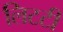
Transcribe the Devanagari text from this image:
लिटटी